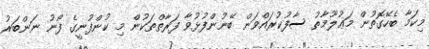
މިކަމާ ބެހޭގޮތުން މަޢުލޫމާތު ސާފުކުރައްވަން ބޭނުންފުޅުވާ ފަރާތްތަކުން މި ކުންފުނީގެ ފޯނު ނަންބަރު